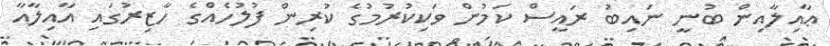
ޢާއިލާއިން ބުނީ ނައިބު ރައީސް ކަމުން ވަކިކުރުމުގެ ކުރިން ފުލުހެއްގެ ހާޒިރުގައި އާއިލާއާ